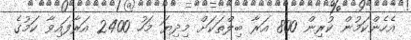
އެހެންކަމުން ކުރިން 800 އަރާ ބިލްތަކަށް މިދިޔަ މަހު 2400 އަރާފައިވާ ކަމުގެ